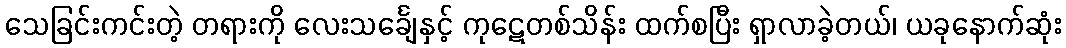
သေခြင်းကင်းတဲ့ တရားကို လေးသင်္ချေနှင့် ကုဋေတစ်သိန်း ထက်စပြီး ရှာလာခဲ့တယ်၊ ယခုနောက်ဆုံး